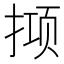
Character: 𫽙